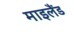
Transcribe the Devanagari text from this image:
माइलैंड